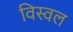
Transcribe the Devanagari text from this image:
विस्वल